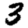
Digit: 3